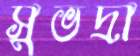
সুভদ্রা